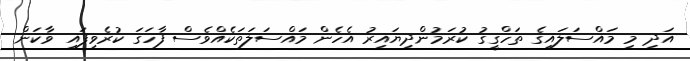
އަދި މި މައްސަލައިގެ ތަހްގީގު ކުރަމުންދިޔައިރު އެހެން މައްސަލަތަކެއްވެސް ފާހަގަ ކުރެވިފައި ވާކަން